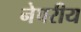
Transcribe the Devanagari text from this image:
नेपरीय